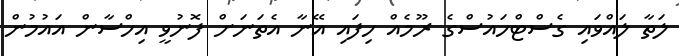
ލަތާ ލައްވައި ގެސްޓްހައުސްގެ ރޫމެއް ހިފައި އޭނާ އެތަނަށް ފޮނުވީ އިހްސާން އައުމުން